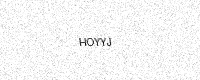
Text: HOYYJ